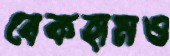
বেকহামও